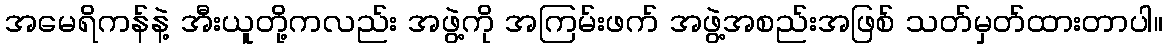
အမေရိကန်နဲ့ အီးယူတို့ကလည်း အဖွဲ့ကို အကြမ်းဖက် အဖွဲ့အစည်းအဖြစ် သတ်မှတ်ထားတာပါ။